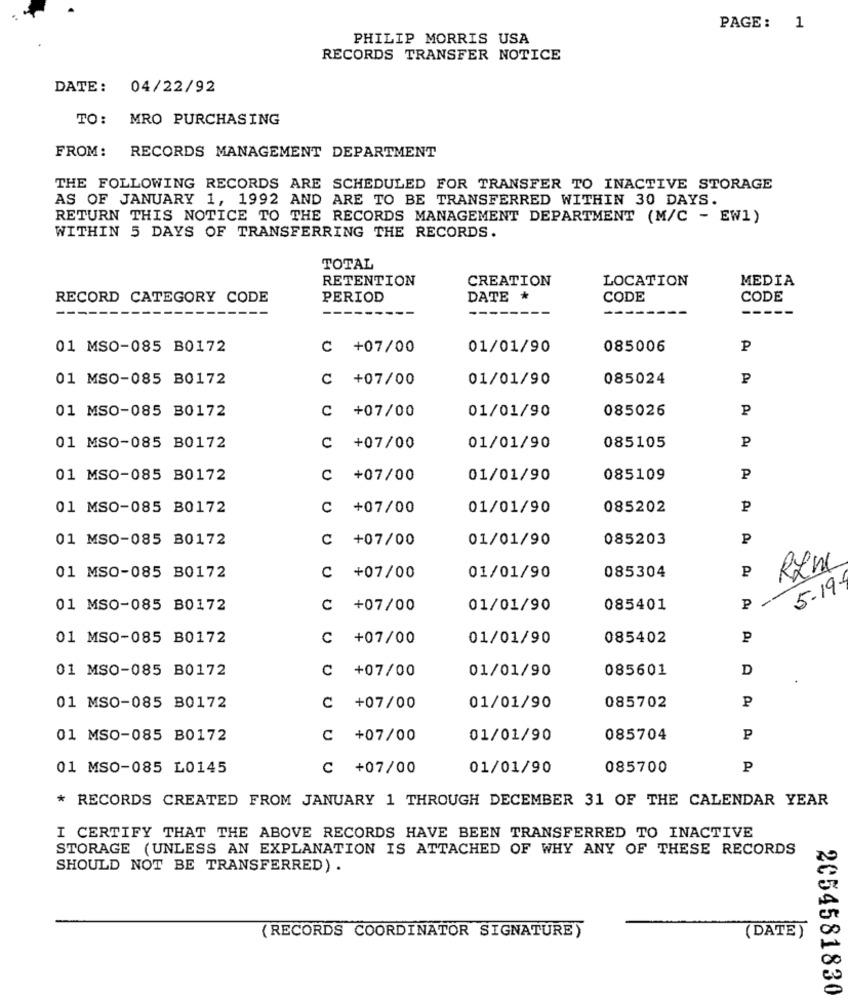
PAGE: 1
PHILIP MORRIS USA
RECORDS TRANSFER NOTICE
DATE: 04/22/92
TO: MRO PURCHASING
FROM:
RECORDS MANAGEMENT DEPARTMENT
THE FOLLOWING RECORDS ARE SCHEDULED FOR TRANSFER TO INACTIVE STORAGE
AS OF JANUARY 1, 1992 AND ARE TO BE TRANSFERRED WITHIN 30 DAYS.
RETURN THIS NOTICE TO THE RECORDS MANAGEMENT DEPARTMENT (M/C - EW1)
WITHIN 5 DAYS OF TRANSFERRING THE RECORDS.
TOTAL
RETENTION
CREATION
LOCATION
MEDIA
RECORD CATEGORY CODE
PERIOD
DATE *
CODE
CODE
--
01 MSO-085 B0172
C +07/00
01/01/90
085006
P
01 MSO-085 B0172
C
+07/00
01/01/90
085024
₽
01 MSO-085 B0172
C
+07/00
01/01/90
085026
P
P
01 MSO-085 B0172
U
+07/00
01/01/90
085105
01 MSO-085 B0172
C +07/00
01/01/90
085109
P
01 MSO-085 B0172
C +07/00
01/01/90
085202
P
01 MSO-085 B0172
C +07/00
01/01/90
085203
P
085304
P
01 MSO-085 B0172
C +07/00
01/01/90
5.19.
01 MSO-085 B0172
C +07/00
01/01/90
085401
P
01 MSO-085 B0172
C
+07/00
01/01/90
085402
01 MSO-085 B0172
C +07/00
01/01/90
085601
D
P
01 MSO-085 B0172
C +07/00
01/01/90
085702
01 MSO-085 B0172
C +07/00
01/01/90
085704
P
01 MSO-085 L0145
C +07/00
01/01/90
085700
P
* RECORDS CREATED FROM JANUARY 1 THROUGH DECEMBER 31 OF THE CALENDAR YEAR
I CERTIFY THAT THE ABOVE RECORDS HAVE BEEN TRANSFERRED TO INACTIVE
STORAGE (UNLESS AN EXPLANATION IS ATTACHED OF WHY ANY OF THESE RECORDS
SHOULD NOT BE TRANSFERRED) .
(RECORDS COORDINATOR SIGNATURE)
(DATE)
2054581830